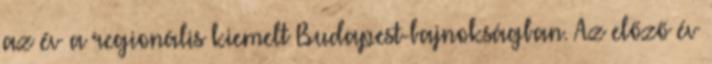
az év a regionális kiemelt Budapest-bajnokságban. Az előző év